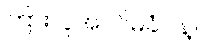
ကြားလူအဝင်မခံပါနဲ့။